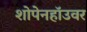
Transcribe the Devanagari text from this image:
शोपेनहॉउवर